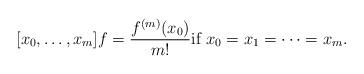
LaTeX: \begin{align*} [x_0,\ldots,x_m] f = \frac{f^{(m)}(x_0)}{m!} \hbox{if $x_0 = x_1 = \cdots = x_m$}.\end{align*}